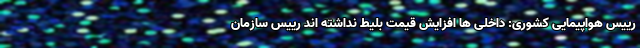
رییس هواپیمایی کشوری: داخلی ها افزایش قیمت بلیط نداشته اند رییس سازمان